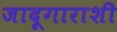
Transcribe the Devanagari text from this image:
जादूगाराशी